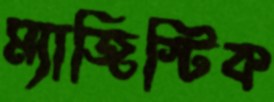
ম্যাজিস্টিক